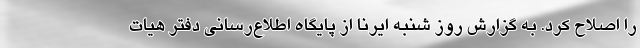
را اصلاح کرد. به گزارش روز شنبه ایرنا از پایگاه اطلاع‌رسانی دفتر هیات